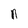
Character: n